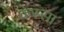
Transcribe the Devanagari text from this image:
कस्सा